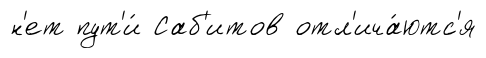
н'ет пут'и́ Саб'итов отл'ича́ютс'я